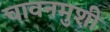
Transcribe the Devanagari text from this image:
चावनमुशी